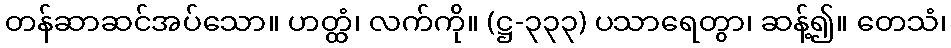
တန်ဆာဆင်အပ်သော။ ဟတ္ထံ၊ လက်ကို။ (ဋ္ဌ-၃၃၃) ပသာရေတွာ၊ ဆန့်၍။ တေသံ၊